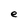
Character: e